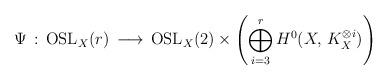
LaTeX: \begin{align*}\Psi\, :\, {\rm OSL}_X(r)\, \longrightarrow\, {\rm OSL}_X(2)\times \left(\bigoplus_{i=3}^r H^0(X,\, K^{\otimes i}_X)\right)\end{align*}